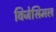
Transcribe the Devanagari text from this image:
विजेसिमल